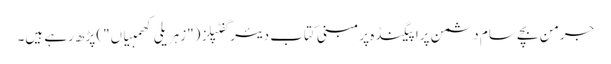
جرمن بچے سام دشمن پراپیگنڈہ پر مبنی کتاب دیئر گفٹپلز ("زہریلی کھمبیاں") پڑھ رہے ہیں۔